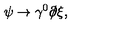
\psi \rightarrow \gamma ^ { 0 } \partial \! \! \! / \xi ,